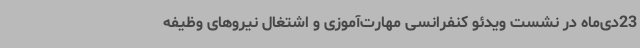
23دی‌ماه در نشست ویدئو کنفرانسی مهارت‌آموزی و اشتغال نیروهای وظیفه